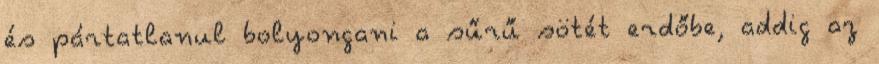
és pártatlanul bolyongani a sűrű sötét erdőbe, addig az